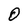
Character: O